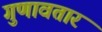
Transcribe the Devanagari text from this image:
गुणावतार